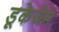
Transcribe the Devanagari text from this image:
डूकेजेम